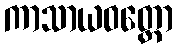
ကာသာယဝတ္ထော